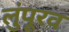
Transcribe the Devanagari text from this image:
लुंपूरव